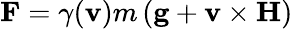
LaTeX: \mathbf{F}=\gamma(\mathbf{v})m\left(\mathbf{g}+\mathbf{v}\times\mathbf{H}\right)